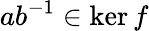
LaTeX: ab^{-1}\in\ker f